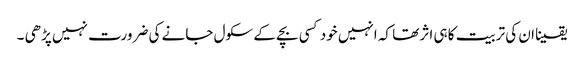
یقینا ان کی تربیت کا ہی اثر تھا کہ انہیں خود کسی بچے کے سکول جانے کی ضرورت نہیں پڑھی ۔